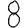
Digit: 8